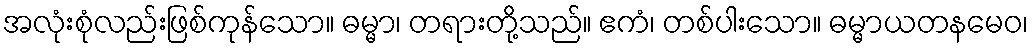
အလုံးစုံလည်းဖြစ်ကုန်သော။ ဓမ္မာ၊ တရားတို့သည်။ ဧကံ၊ တစ်ပါးသော။ ဓမ္မာယတနမေဝ၊